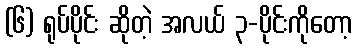
(၆) ရုပ်ပိုင်း ဆိုတဲ့ အလယ် ၃-ပိုင်းကိုတော့